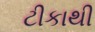
ટીકાથી